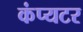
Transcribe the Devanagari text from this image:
कंप्यटर